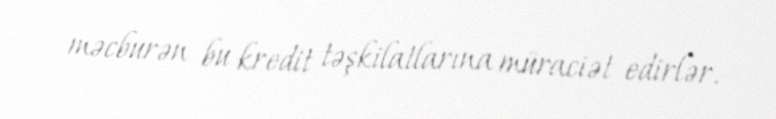
məcburən bu kredit təşkilatlarına müraciət edirlər.